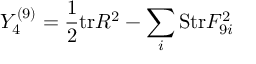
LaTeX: Y _ { 4 } ^ { ( 9 ) } = { \frac { 1 } { 2 } } \mathrm { t r } R ^ { 2 } - \sum _ { i } \mathrm { S t r } F _ { 9 i } ^ { 2 }